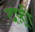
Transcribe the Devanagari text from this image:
दफ़्री